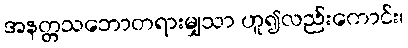
အနတ္တသဘောတရားမျှသာ ဟူ၍လည်းကောင်း၊